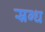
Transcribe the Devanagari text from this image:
स्रग्ध